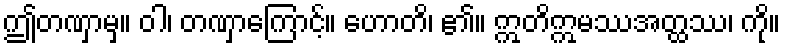
ဤတဏှာမှ။ ဝါ၊ တဏှာကြောင့်။ ဟောတိ၊ ၏။ ဣတိဣမဿအတ္ထဿ၊ ကို။